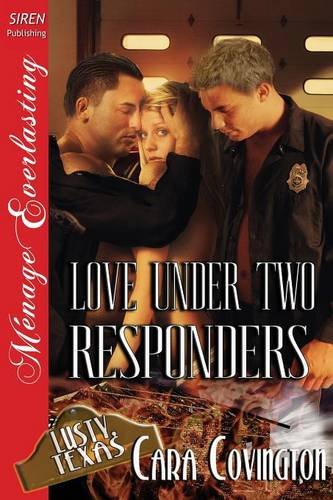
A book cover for Love Under Two Responders [The Lusty, Texas Collection] (Siren Publishing Menage Everlasting) (Siren Publishing Menage Everlasting: Lusty, Texas Collection); Cara Covington; Romance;